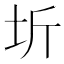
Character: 圻